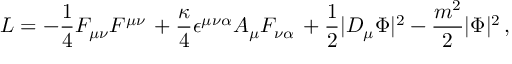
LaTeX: { \cal L } = - { \frac { 1 } { 4 } } F _ { \mu \nu } F ^ { \mu \nu } \, + { \frac { \kappa } { 4 } } \epsilon ^ { \mu \nu \alpha } A _ { \mu } F _ { \nu \alpha } \, + { \frac { 1 } { 2 } } | D _ { \mu } \Phi | ^ { 2 } - \frac { m ^ { 2 } } { 2 } | \Phi | ^ { 2 } \, ,